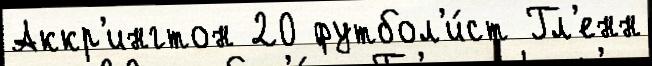
Аккр'ингтон 20 футбол'и́ст Гл'енн